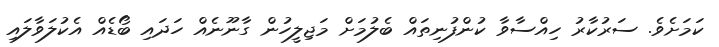
ކަމަށެވެ. ސަރުކާރު ހިއްސާވާ ކުންފުނިތައް ބެލުމަށް މަޖިލީހުން ގާނޫނެއް ހަދައި ބޯޑެއް އެކުލަވާލައި